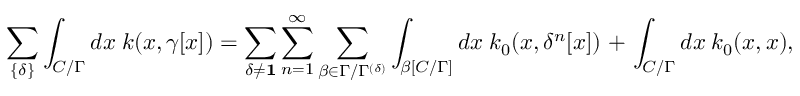
\sum _ { \{ \delta \} } \int _ { { \cal C } / \Gamma } d x ~ k ( x , \gamma [ x ] ) = \sum _ { \delta \neq { \bf 1 } } \sum _ { n = 1 } ^ { \infty } \sum _ { \beta \in \Gamma / \Gamma ^ { ( \delta ) } } \int _ { \beta [ { \cal C } / \Gamma ] } d x ~ k _ { 0 } ( x , \delta ^ { n } [ x ] ) ~ + ~ \int _ { { \cal C } / \Gamma } d x ~ k _ { 0 } ( x , x ) ,